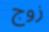
زوج